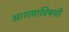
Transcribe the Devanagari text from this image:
आशयाविषयी